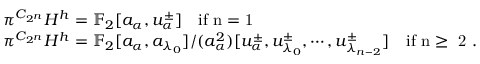
\begin{array} { r l } & { \pi _ { \bigstar } ^ { C _ { 2 ^ { n } } } H ^ { h } = \mathbb { F } _ { 2 } [ a _ { \alpha } , u _ { \alpha } ^ { \pm } ] \quad \mathrm { i f ~ n = 1 ~ } } \\ & { \pi _ { \bigstar } ^ { C _ { 2 ^ { n } } } H ^ { h } = \mathbb { F } _ { 2 } [ a _ { \alpha } , a _ { \lambda _ { 0 } } ] / ( a _ { \alpha } ^ { 2 } ) [ u _ { \alpha } ^ { \pm } , u _ { \lambda _ { 0 } } ^ { \pm } , \cdots , u _ { \lambda _ { n - 2 } } ^ { \pm } ] \quad \mathrm { i f ~ n \geq ~ 2 ~ } . } \end{array}